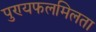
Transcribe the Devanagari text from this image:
पुण्यफलमिलता